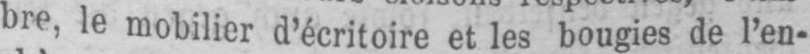
bre, le mobilier d’écritoire et les bougies de l’en-